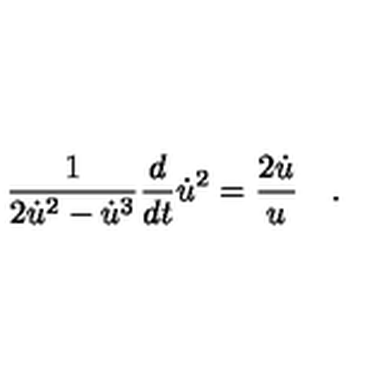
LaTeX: \frac { 1 } { 2 \dot { u } ^ { 2 } - \dot { u } ^ { 3 } } \frac { d } { d t } \dot { u } ^ { 2 } = \frac { 2 \dot { u } } { u } \quad .